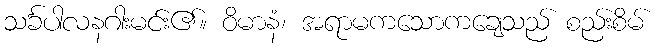
သင်္ခပါလနဂါးမင်း၏။ ဝိမာနံ၊ အရာမကသောကချေသည် စည်းစိမ်